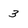
Character: 3